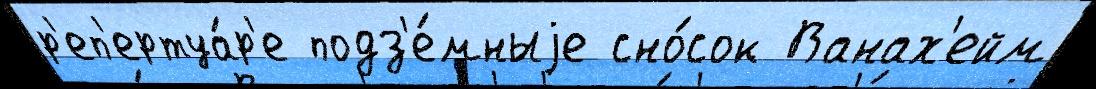
р'еп'ертуа́р'е подз'е́мныjе сно́сок Ванах'ейм